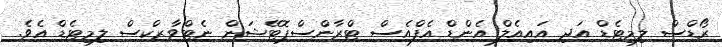
ރޯޑްސް ލިމިޓެޑް އަދި އައިއެލް އެންޑް އެފްއެސް ޓްރާންސްޕޮޓޭޝަން ނެޓްވާރކްސް ލިމިޓެޑް އެވެ.